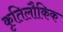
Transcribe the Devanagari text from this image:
कृतिलौकिक